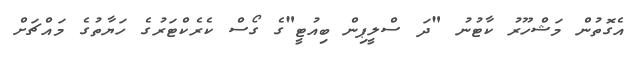
އެގޮތުން މަޝްހޫރު ކާޓުނު "ދަ ސްލީޕިން ބިއުޓީ"ގެ ގޯސް ކެރެކްޓަރުގެ ހަޔާތުގެ މައްޗަށް